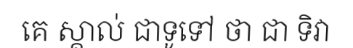
គេ ស្គាល់ ជាទូទៅ ថា ជា ទិវា